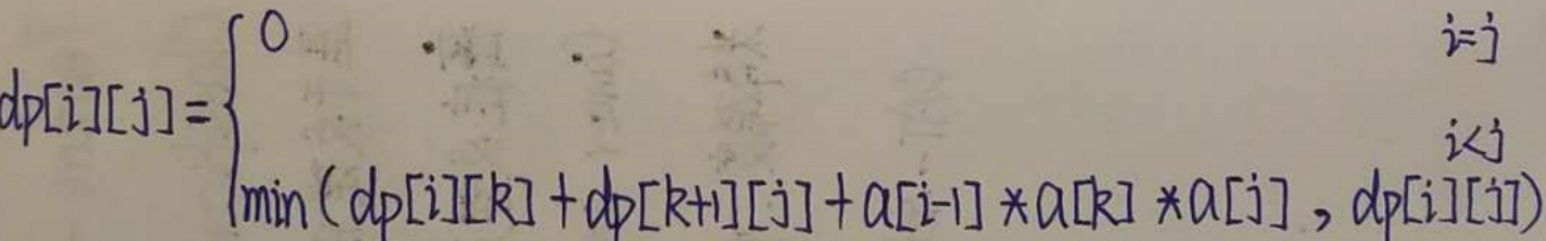
\[
dp[i][j]=
\begin{cases}
0 & i = j \\
& i<j \\
\min(dp[i][k]+dp[k + 1][j]+a[i - 1]*a[k]*a[j],dp[i][j])
\end{cases}
\]